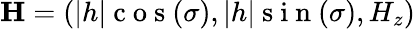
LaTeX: \textbf{H}=(|h|\mathrm{~c~o~s~}(\sigma),|h|\mathrm{~s~i~n~}(\sigma),H_{z})